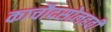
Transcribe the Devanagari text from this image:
काचौदसोलहवीं